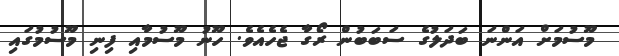
މޫސުމަށް އަންނަ ބަދަލުގެ ސަބަބުން ރޯގާ ޖެހެއެވެ. ހޫނު މޫސުމާއި ފިނި މޫސުމުގައި